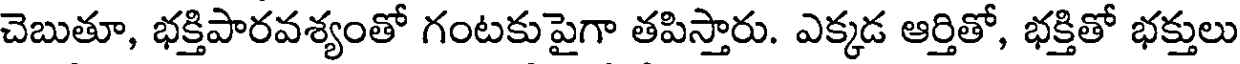
చెబుతూ, భక్తిపారవశ్యంతో గంటకుపైగా తపిస్తారు. ఎక్కడ ఆర్తితో, భక్తితో భక్తులు